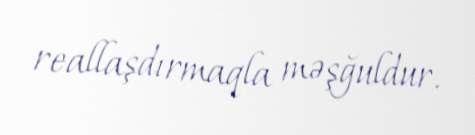
reallaşdırmaqla məşğuldur.